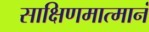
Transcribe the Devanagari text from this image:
साक्षिणमात्मानं